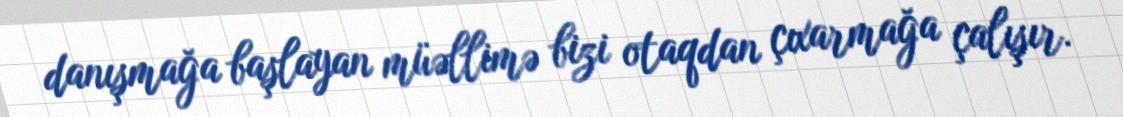
danışmağa başlayan müəllimə bizi otaqdan çıxarmağa çalışır.